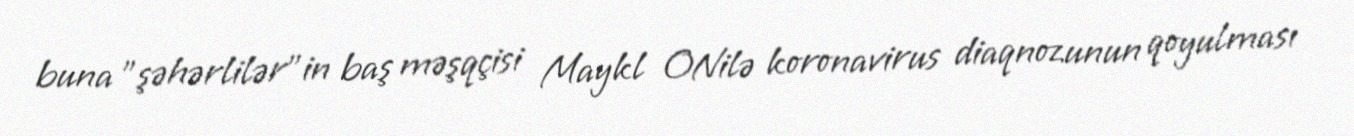
buna "şəhərlilər"in baş məşqçisi Maykl ONilə koronavirus diaqnozunun qoyulması